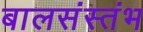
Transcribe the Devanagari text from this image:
बालसंस्तंभ